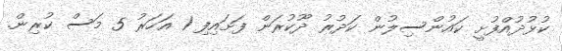
ކުޅުދުއްފުށީ ކައުންސިލުން ކަދުރު ދޫކުރަން ފަށައިފި 1 އަހަރު 5 މަސް ކުރިން.